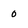
Character: 0